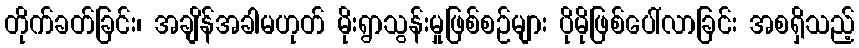
တိုက်ခတ်ခြင်း၊ အချိန်အခါမဟုတ် မိုးရွာသွန်းမှုဖြစ်စဉ်များ ပိုမိုဖြစ်ပေါ်လာခြင်း အစရှိသည့်